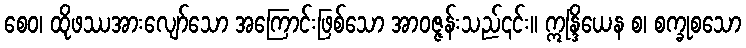
စေဝ၊ ထိုဖဿအားလျော်သော အကြောင်းဖြစ်သော အာဝဇ္ဇန်းသည်၎င်း။ ဣန္ဒြိယေန စ၊ စက္ခုစသော